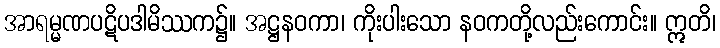
အာရမ္မဏပဋိပဒါမိဿက၌။ အဋ္ဌနဝကာ၊ ကိုးပါးသော နဝကတို့လည်းကောင်း။ ဣတိ၊